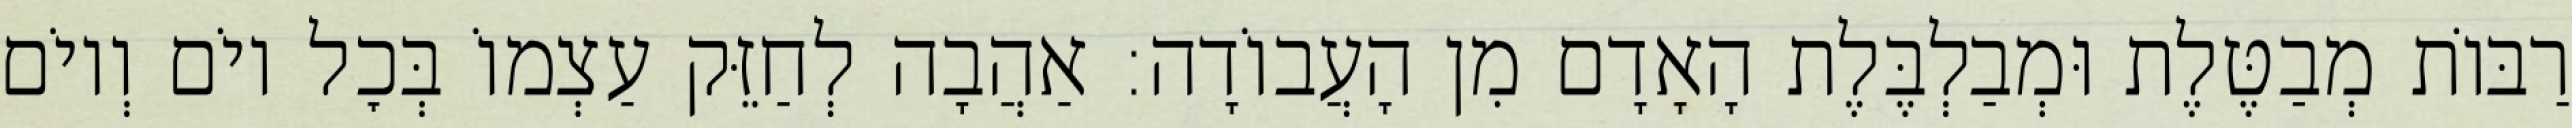
רַבּוֹת מְבַטֶּלֶת וּמְבַלְבֶּלֶת הָאָדָם מִן הָעֲבוֹדָה: אַהֲבָה לְחַזֵּק עַצְמוֹ בְּכׇל יוֹם וְיוֹם